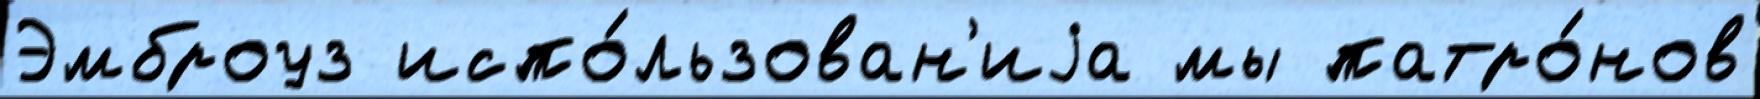
Эмброуз испо́льзован'иjа мы патро́нов